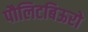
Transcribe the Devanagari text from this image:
पौलिटबिऊरो